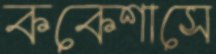
ককেশাসে